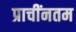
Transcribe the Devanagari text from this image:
प्राचींनतम